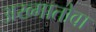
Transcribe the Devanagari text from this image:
अख्मातोवा